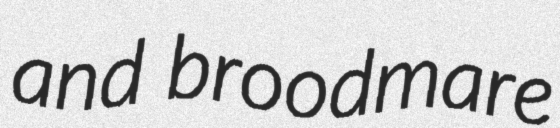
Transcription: and broodmare